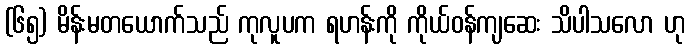
(၆၅) မိန်းမတယောက်သည် ကုလူပက ရဟန်းကို ကိုယ်ဝန်ကျဆေး သိပါသလော ဟု